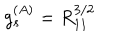
LaTeX: g _ { s } ^ { ( A ) } = R _ { 1 1 } ^ { 3 / 2 }